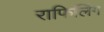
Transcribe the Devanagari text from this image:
राफिलिंग